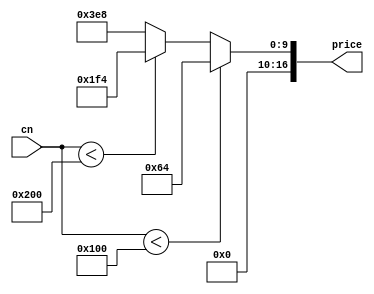
module item_dic(cn, price);
    input [9:0] cn;

    output [16:0] price;
    reg [16:0] price;

    always@(cn) begin
        if(cn < 256) price <= 100;
        else if(cn < 512) price <= 500;
        else price <= 1000;
    end
endmodule